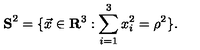
{ \bf S } ^ { 2 } = \{ \vec { x } \in { \bf R } ^ { 3 } : \sum _ { i = 1 } ^ { 3 } x _ { i } ^ { 2 } = { \rho } ^ { 2 } \} .